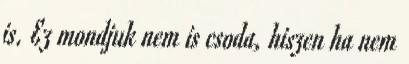
is. Ez mondjuk nem is csoda, hiszen ha nem